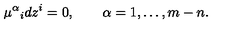
\mu ^ { \alpha } { } _ { i } d z ^ { i } = 0 , \qquad \alpha = 1 , \ldots , m - n .